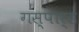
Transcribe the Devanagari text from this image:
गस्पार्ड